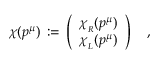
\chi ( p ^ { \mu } ) \, : = \, \left( \begin{array} { c } { { \chi _ { _ R } ( p ^ { \mu } ) } } \\ { { \chi _ { _ L } ( p ^ { \mu } ) } } \end{array} \right) \quad ,